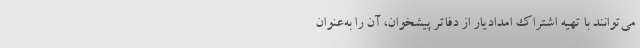
می‌توانند با تهیه اشتراک امدادیار از دفاتر پیشخوان، آن را به‌عنوان